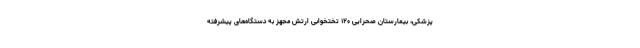
پزشکی، بیمارستان صحرایی ۱۲۰ تختخوابی ارتش مجهز به دستگاه‌های پیشرفته